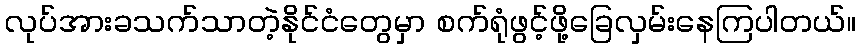
လုပ်အားခသက်သာတဲ့နိုင်ငံတွေမှာ စက်ရုံဖွင့်ဖို့ခြေလှမ်းနေကြပါတယ်။